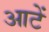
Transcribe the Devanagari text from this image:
आटें